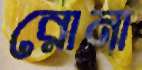
রোনা